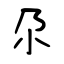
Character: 尕